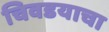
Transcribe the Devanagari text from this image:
चिवडयाचा